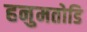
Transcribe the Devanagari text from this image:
हनुमतोडि